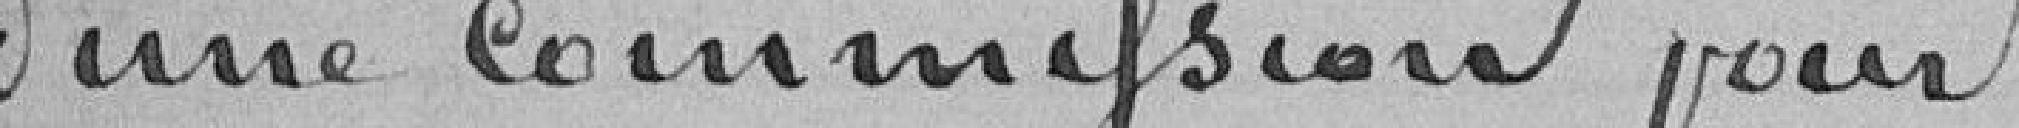
d'une commission pour